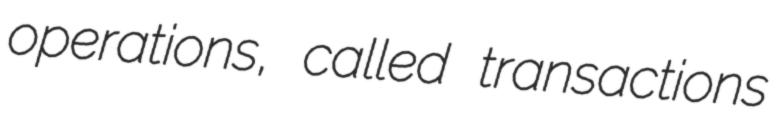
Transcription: operations, called transactions